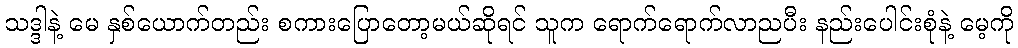
သဒ္ဒါနဲ့ မေ နှစ်ယောက်တည်း စကားပြောတော့မယ်ဆိုရင် သူက ရောက်ရောက်လာညပီး နည်းပေါင်းစုံနဲ့ မေ့ကို